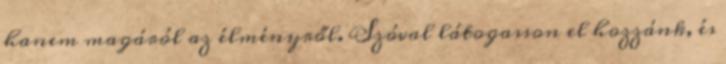
hanem magáról az élményről. Szóval látogasson el hozzánk, és